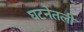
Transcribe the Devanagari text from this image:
घटनेतली